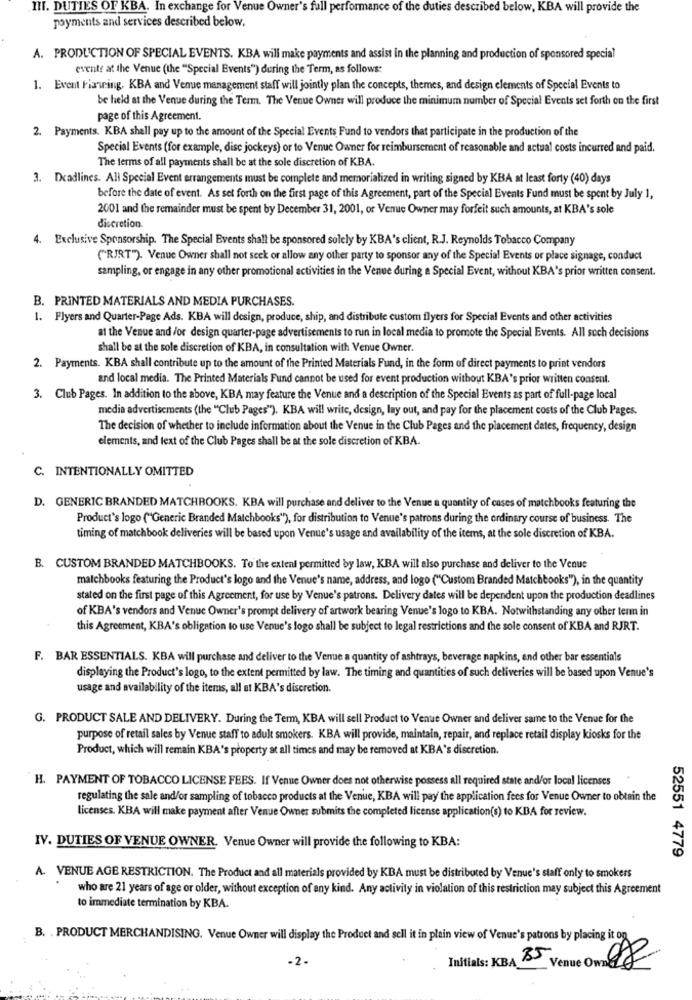
III. DUTIES OF KBA. In exchange for Venue Owner's fall performance of the duties described below, KBA will provide the
payments and services described below.
A. PRODUCTION OF SPECIAL EVENTS. KBA will make payments and assist in the planning and production of sponsored special
evente at the Venue (the "Special Events") during the Term, as follows:
1. Event Fiaring. KBA and Venue management staff will jointly plan the concepts, themes, and design elements of Special Events to
be held at the Venue during the Term. The Venue Owner will produce the minimum number of Special Events set forth on the first
page of this Agreement.
2. Payments. KBA shell pay up to the amount of the Special Events Fund to vendors that participate in the production of the
Special Events (for example, disc jockeys) or to Venue Owner for reimbursement of reasonable and actual costs incurred and paid.
The terms of all payments shall be at the sole discretion of KBA.
3. Deadlines. All Special Event arrangements must be complete and memorialized in writing signed by KBA at least forty (40) days
before the date of event. As set forth on the first page of this Agreement, part of the Special Events Fund must be spent by July 1,
2001 and the remainder must be spent by December 31, 2001, or Venue Owner may forfeit such amounts, at KBA's sole
discretion.
4. Exclusive Sponsorship. The Special Events shall be sponsored solely by KBA's client, R.J. Reynolds Tobacco Company
("RJRT"). Venue Owner shall not seek or allow any other party to sponsor any of the Special Events or place signage, conduct
sampling, or engage in any other promotional activities in the Venue during a Special Event, without KBA's prior written consent.
B. PRINTED MATERIALS AND MEDIA PURCHASES.
1. Flyers and Quarter-Page Ads. KBA will design, produce, ship, and distribute custom flyers for Special Events and other activities
at the Venue and /or design quarter-page advertisements to run in local media to promote the Special Events. All such decisions
shall be at the sole discretion of KBA, in consultation with Venue Owner.
2. Payments. KBA shall contribute up to the amount of the Printed Materials Fund, in the form of direct payments to print vendors
and local media. The Printed Materials Fund cannot be used for event production without KBA's prior written consent.
3. Club Pages. In addition to the above, KBA may feature the Venue and a description of the Special Events as part of full-page local
media advertisements (the "Club Pages"). KBA will write, design, lay out, and pay for the placement costs of the Club Pages.
The decision of whether to include information about the Venue in the Club Pages and the placement dates, frequency, design
elements, and text of the Club Pages shall be at the sole discretion of KBA.
C. INTENTIONALLY OMITTED
D. GENERIC BRANDED MATCHBOOKS. KBA will purchase and deliver to the Venue a quantity of cases of matchbooks featuring the
Product's logo ("Generic Branded Matchbooks"), for distribution to Venue's patrons during the ordinary course of business. The
timing of matchbook deliveries will be based upon Venue's usage and availability of the items, at the sole discretion of KBA.
B. CUSTOM BRANDED MATCHBOOKS. To the extent permitted by law, KBA will also purchase and deliver to the Venue
matchbooks featuring the Product's logo and the Venue's name, address, and logo ("Custom Branded Matchbooks"), in the quantity
stated on the first page of this Agreement, for use by Venue's patrons. Delivery dates will be dependent upon the production deadlines
of KBA's vendors and Venue Owner's prompt delivery of artwork bearing Venue's logo to KBA. Notwithstanding any other term in
this Agreement, KBA's obligation to use Venue's logo shall be subject to legal restrictions and the sole consent of KBA and RJRT.
F. BAR ESSENTIALS. KBA will purchase and deliver to the Venue a quantity of ashtrays, beverage napkins, and other bar essentials
displaying the Product's logo, to the extent permitted by law. The timing and quantities of such deliveries will be based upon Venue's
usage and availability of the items, all et KBA's discretion.
G. PRODUCT SALE AND DELIVERY. During the Term, KBA will sell Product to Venue Owner and deliver same to the Venue for the
purpose of retail sales by Venue staff to adult smokers. KBA will provide, maintain, repair, and replace retail display kiosks for the
Product, which will remain KBA's property at all times and may be removed at KBA's discretion.
H. PAYMENT OF TOBACCO LICENSE FEES. If Venue Owner does not otherwise possess all required state and/or local licenses
regulating the sale and/or sampling of tobacco products at the Venue, KBA will pay the application fees for Venue Owner to obtain the
licenses. KBA will make payment after Venue Owner submits the completed license application(s) to KBA for review.
IV. DUTIES OF VENUE OWNER. Venue Owner will provide the following to KBA:
52551 4779
A. VENUE AGE RESTRICTION. The Product and all materials provided by KBA must be distributed by Venue's staff only to smokers
who are 21 years of age or older, without exception of any kind. Any activity in violation of this restriction may subject this Agreement
to immediate termination by KBA.
B. . PRODUCT MERCHANDISING. Venue Owner will display the Product and sell it in plain view of Venue's patrons by placing it on
-2-
Initials: KBA 85
Venue Omnes